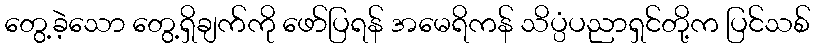
တွေ့ခဲ့သော တွေ့ရှိချက်ကို ဖော်ပြရန် အမေရိကန် သိပ္ပံပညာရှင်တို့က ပြင်သစ်